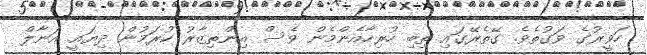
ހަވީރުގެ ވަގުތެވެ. ގޭތެރޭގައި ތިބި ހުރިހާއެންމެން ވެސް އިންތިޒާރު ކުރަމުން ދިޔައީ އަނާލް